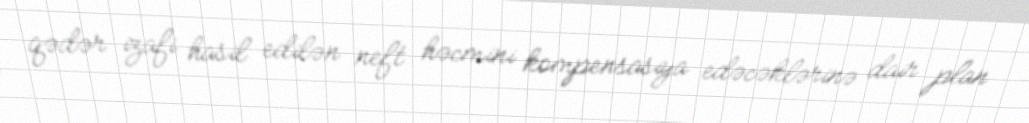
qədər izafi hasil edilən neft həcmini kompensasiya edəcəklərinə dair plan